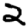
Digit: 2